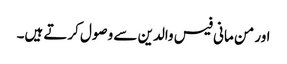
اور من مانی فیس والدین سے وصول کرتے ہیں۔